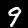
Digit: 9